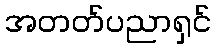
အတတ်ပညာရှင်